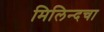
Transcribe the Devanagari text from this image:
मिलिन्दचा